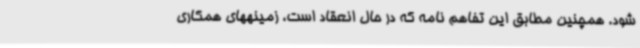
شود. همچنین مطابق این تفاهم نامه که در حال انعقاد است، زمینههای همکاری